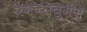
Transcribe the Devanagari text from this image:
रेगन्सबुर्गने